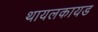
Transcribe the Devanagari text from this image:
थायलकायड